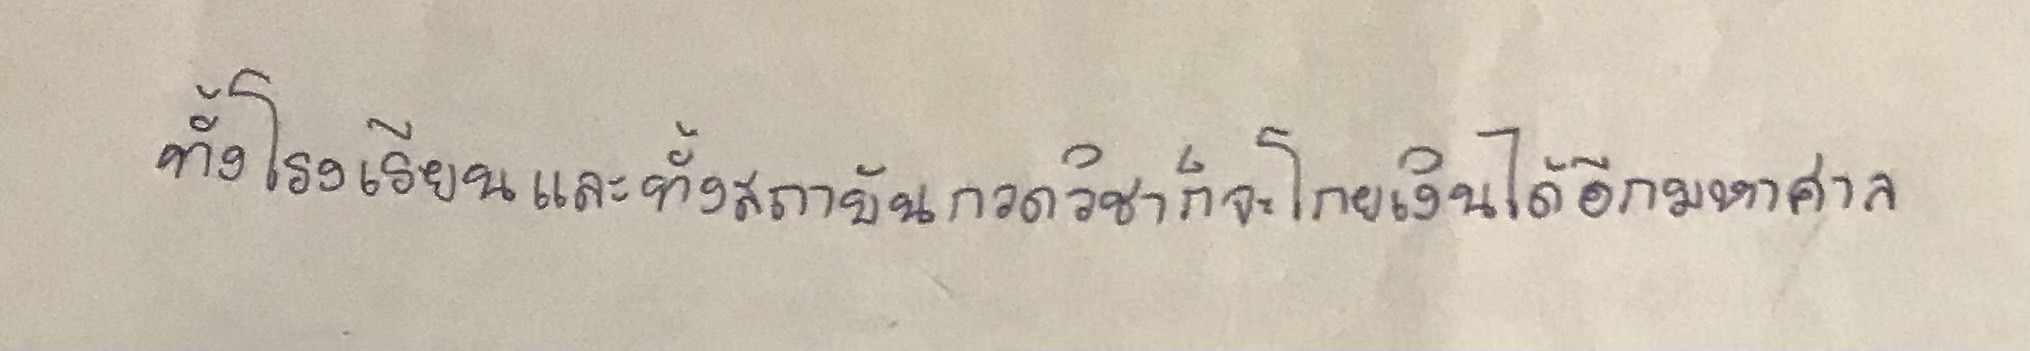
ทั้งโรงเรียนและทั้งสถาบันกวดวิชาก็จะโกยเงินได้อีกมหาศาล